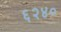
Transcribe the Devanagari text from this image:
६२४०